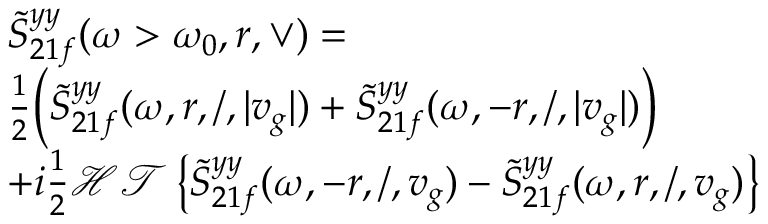
\begin{array} { r l } & { \tilde { S } _ { 2 1 f } ^ { y y } ( \omega > \omega _ { 0 } , r , \vee ) = } \\ & { \frac { 1 } { 2 } \Big ( \tilde { S } _ { 2 1 f } ^ { y y } ( \omega , r , / , | v _ { g } | ) + \tilde { S } _ { 2 1 f } ^ { y y } ( \omega , - r , / , | v _ { g } | ) \Big ) } \\ & { + i \frac { 1 } { 2 } \mathcal { H T } \left\{ \tilde { S } _ { 2 1 f } ^ { y y } ( \omega , - r , / , v _ { g } ) - \tilde { S } _ { 2 1 f } ^ { y y } ( \omega , r , / , v _ { g } ) \right\} } \end{array}